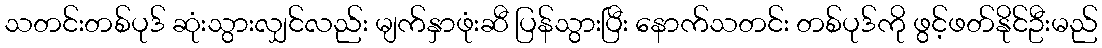
သတင်းတစ်ပုဒ် ဆုံးသွားလျှင်လည်း မျက်နှာဖုံးဆီ ပြန်သွားပြီး နောက်သတင်း တစ်ပုဒ်ကို ဖွင့်ဖတ်နိုင်ဦးမည်